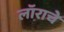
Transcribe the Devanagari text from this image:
लॉराचे